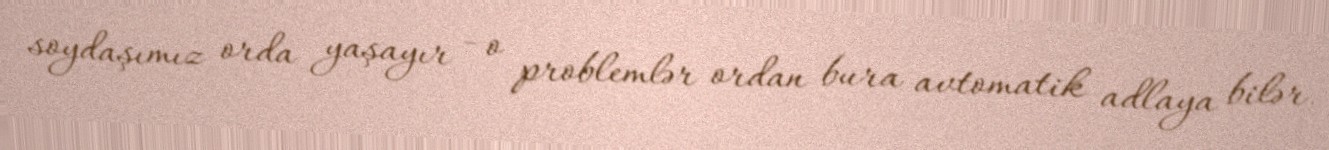
soydaşımız orda yaşayır - o problemlər ordan bura avtomatik adlaya bilər.